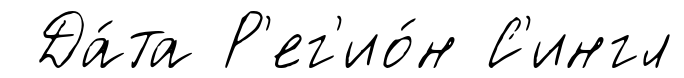
Да́та Р'ег'ио́н С'ингл